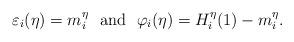
LaTeX: \begin{align*}\varepsilon_i (\eta) = m^\eta_i \ \mbox{ and } \ \varphi_i (\eta)=H_i^\eta (1) - m^\eta_i.\end{align*}